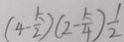
( 4 - \frac { k } { 2 } ) ( 2 - \frac { k } { 4 } ) \frac { 1 } { 2 }